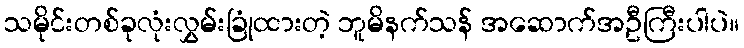
သမိုင်းတစ်ခုလုံးလွှမ်းခြုံထားတဲ့ ဘူမိနက်သန် အဆောက်အဦကြီးပါပဲ။